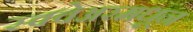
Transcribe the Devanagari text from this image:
स्क्वेअरमधून